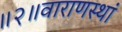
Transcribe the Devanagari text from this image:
॥२॥वाराणस्थां